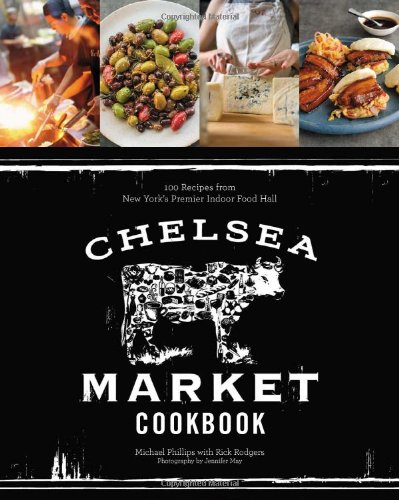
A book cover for Chelsea Market Cookbook: 100 Recipes from New York's Premier Indoor Food Hall; Michael Phillips; Cookbooks, Food & Wine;